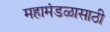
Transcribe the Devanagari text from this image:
महामंडळासाठी